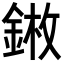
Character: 𨨦